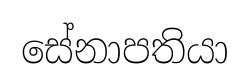
සේනාපතියා